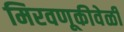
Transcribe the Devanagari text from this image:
मिरवणूकीवेळी